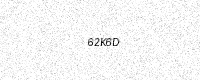
Text: 62K6D